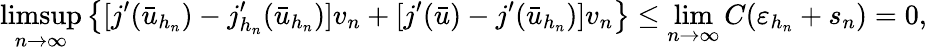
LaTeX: \operatorname*{limsup}_{n\to\infty}\left\{ [j^{\prime}(\bar{u}_{h_{n}})-j_{h_{n}}^{\prime}(\bar{u}_{h_{n}})]v_{n}+[j^{\prime}(\bar{u})-j^{\prime}(\bar{u}_{h_{n}})]v_{n}\right\} \leq\operatorname*{lim}_{n\to\infty}C(\varepsilon_{h_{n}}+s_{n})=0,